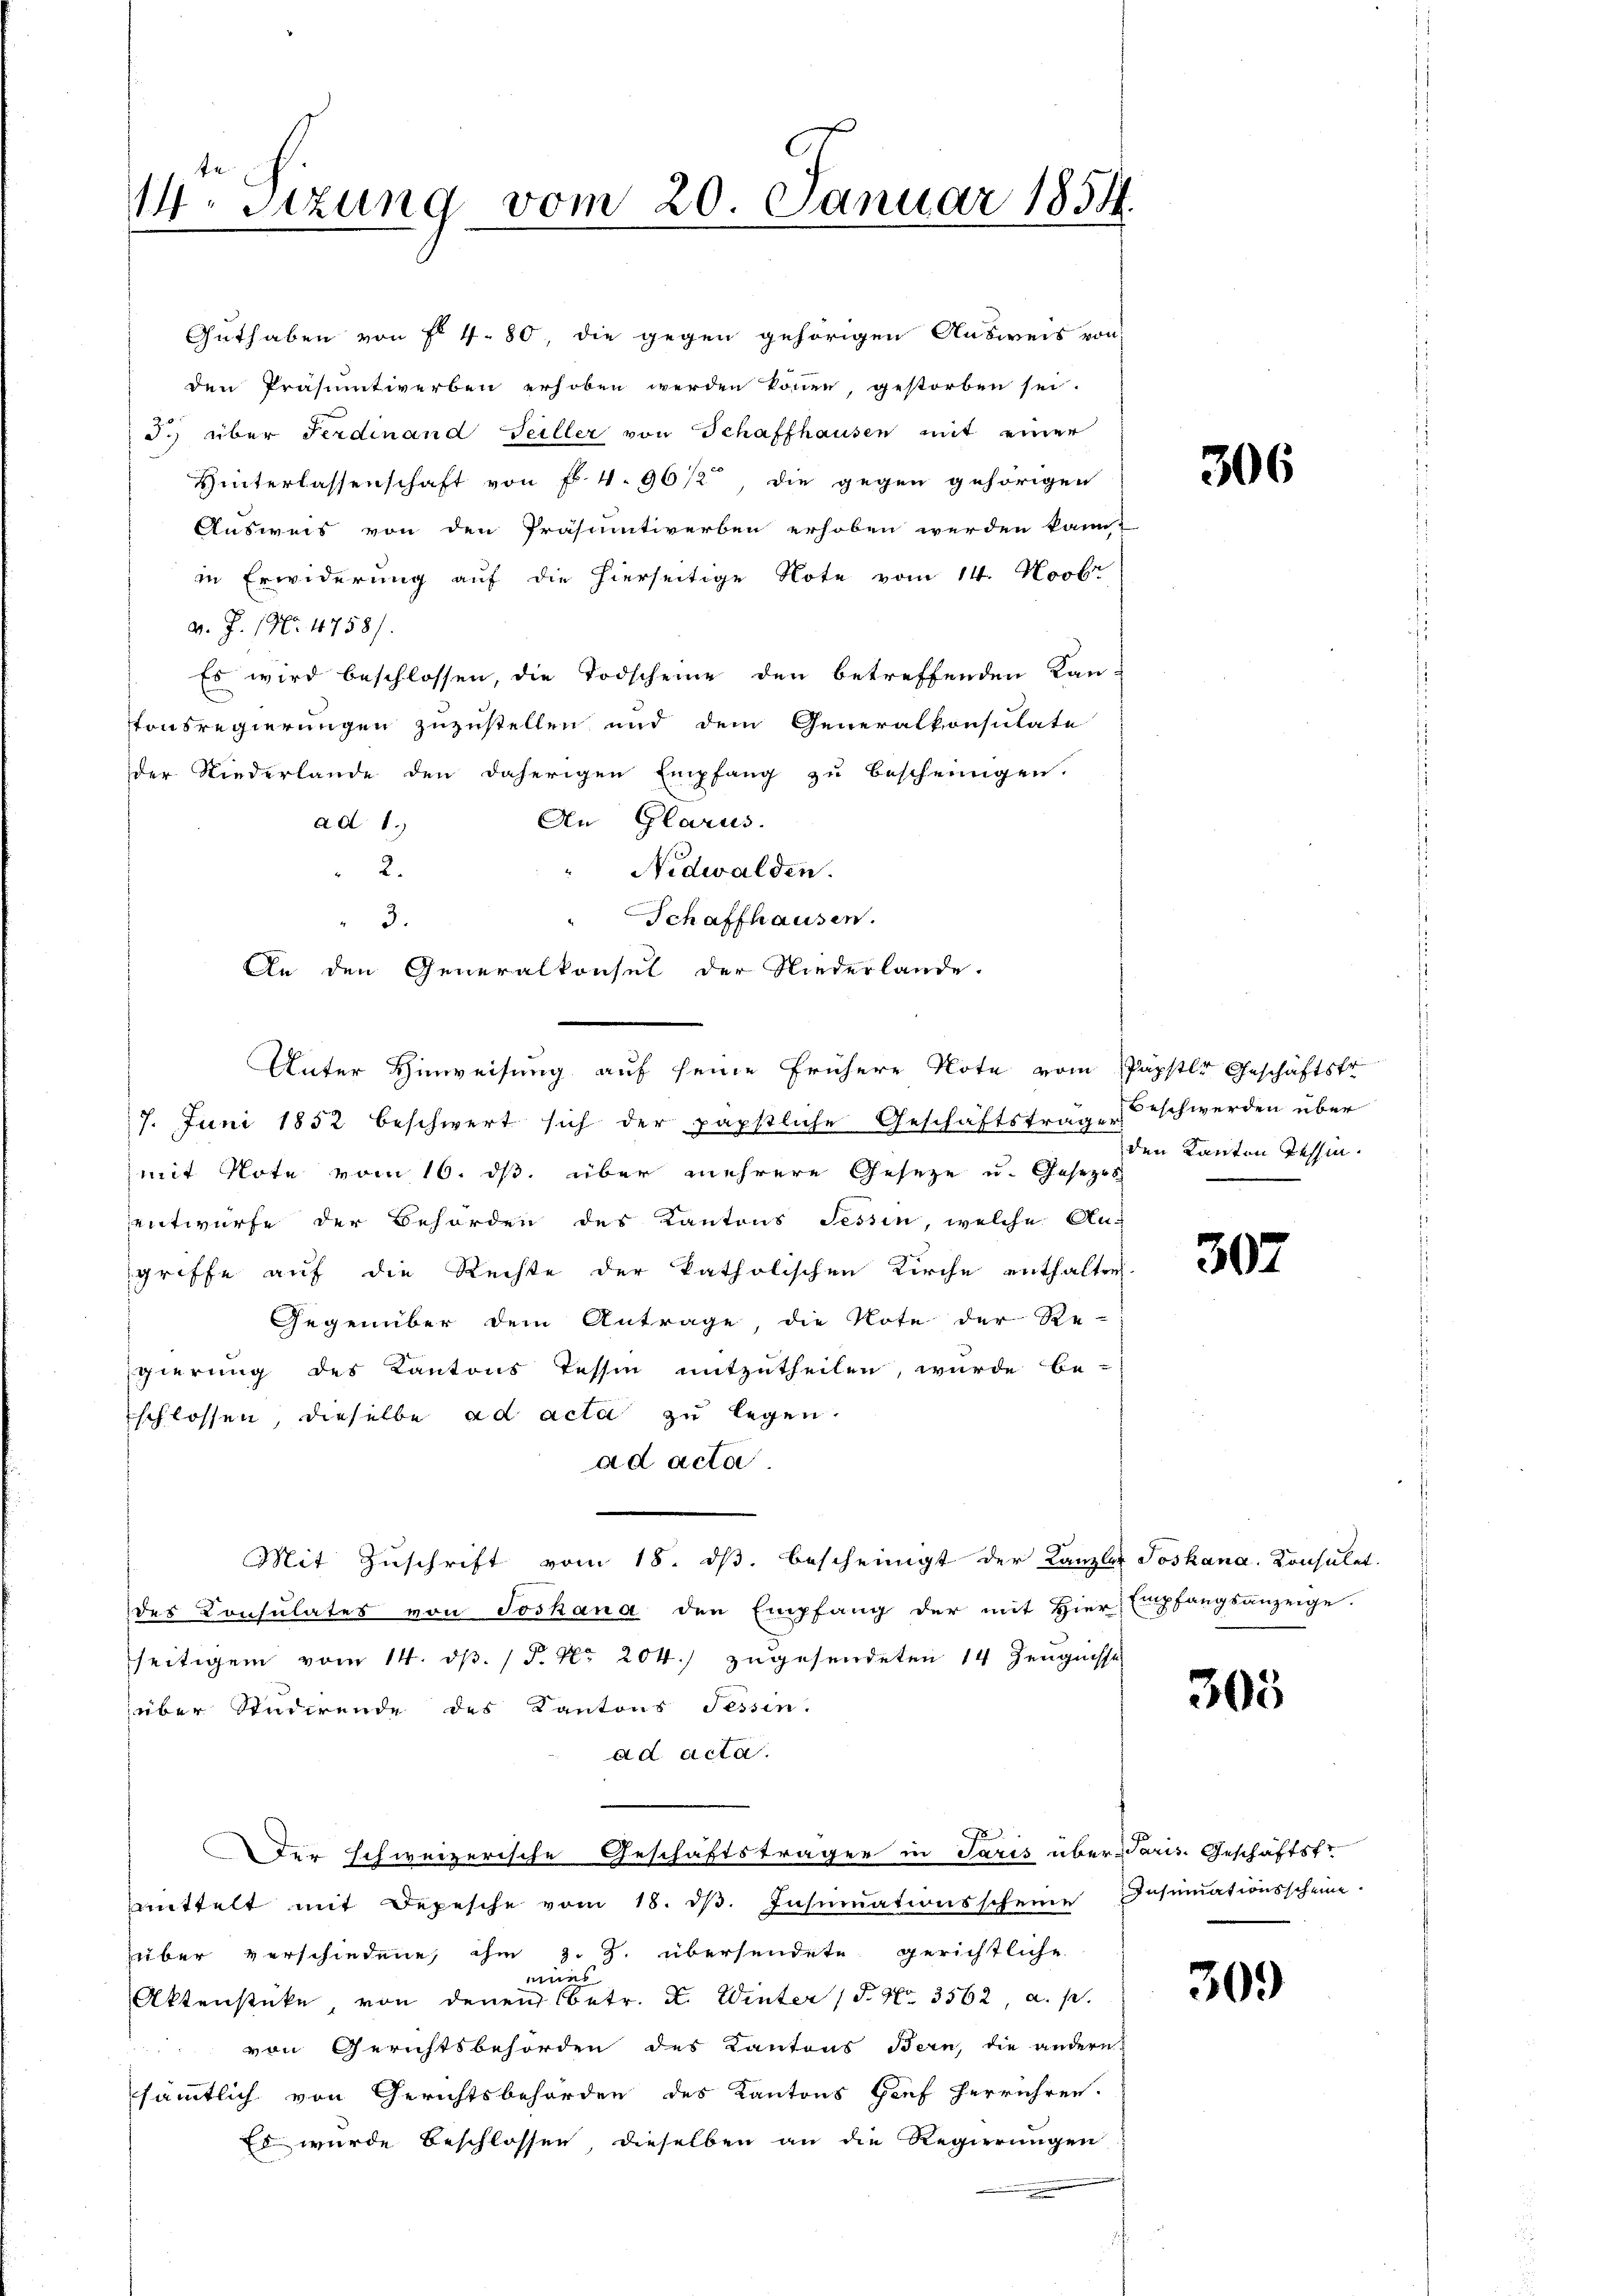
14. Sitzung vom 20. Januar 1854.

Guthaben von fl 4. 80, die gegen gehörigen Ausweis von
den Präsumtiverben erhoben werden können, gestorben sei.
d. über Ferdinand Teiller von Schaffhausen mit einer
Hinterlassenschaft von Fr. 4. 96/2, die gegen gehörigen
Ausweis von den Präsumtiverben erhoben werden kann,
in Erwiderung auf die hierseitige Note vom 14. Novbr
v. J. 196 4758/
Es wird beschlossen, die Todscheine den betreffenden Kan-
tonsregierungen zuzustellen und dem Generalkonsulate
der Niederlande den daherigen Empfang zu bescheinigen.
An Glarus.
ad 1.)
2.
Nidwalden.
Schaffhausen.
3.
An den Generalkonsel der Niederlande.
Unter Hinweisung auf seine frühere Note vom Papster Geschäftstr
7. Juni 1852 beschwert sich der päpstliche Geschäftstrage beschwerden über
mit Note vom 16. ds. über mehrere Gesetze u. Gesetzes
entwurfe der Behörden des Kantons Tessin, welche Angriffe auf die Rechte der katholischen Kirche enthalten.
Gegenüber dem Antrage die Note der Re-
gierung des Kantons Tessin mitzutheilen, wurde be-
schlossen, dieselbe ad acta zu legen.
ad acta.
Mit Zuschrift vom 18. ds. bescheinigt der Kanzler Joskana. Konsulat.
des Consulates von Joskana den Empfang der mit Hier Empfangsanzeige.
seitigem vom 14. d. 1 P. Nr. 204.) zugesendeten 14 Zeugnisse
über Studirende des Kantons Tessin.
ad acta.
Der schweizerische Geschäftsträger in Paris über Paris. Geschäftsfr.
mmittelt mit Depesche vom 18. dβ. Insumationsscheine Insinationsscheine.
über verschiedene, ihm z. Z. übersendete gerichtliche
eines
Aktenstücke, von denen betr. I. Winter (S. Nr. 3562, a. p.
 von Gerichtsbehörden des Kantons Bern, die andern
sämmtlich von Gerichtsbehörden des Kantons Genf herrühren.
Es wurde beschlossen, dieselben an die Regierungen

306

den Kanton Tessin.

307

305

309